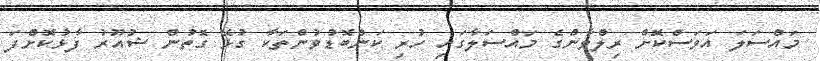
މައްސަލަ އަވަސްކޮށް ރިލްވާންގެ މައްސަލާގައި ހުރި ކަންބޮޑުވުންތަކާ ގުޅޭ ގޮތުން ޝުއޫރު ފާޅުކޮށްފަ